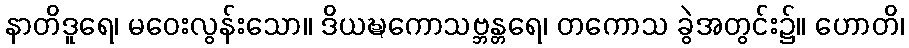
နာတိဒူရေ၊ မဝေးလွန်းသော။ ဒိယဍ္ဎကောသဗ္ဘန္တရေ၊ တကောသ ခွဲအတွင်း၌။ ဟောတိ၊